Calcutta medical institutions reports 1892-1900
Year: 1892
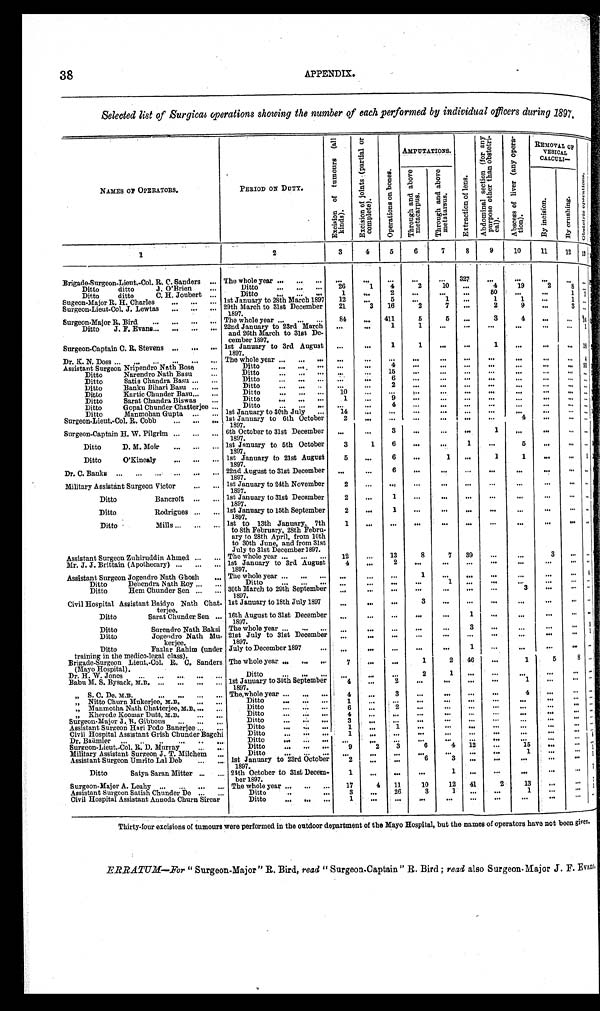
38
APPENDIX.
Selected list of Surgical operations showing the number of each performed by individual officers during 1897.
NAMES OF OPERATORS.
PERIOD ON DUTY.
E x c i s i o n o f t u m o u r s ( a l l k i n d s ) .
E x c i s i o n o f j o i n t s ( p a r t i a l o r c o m p l e t e ) .
O p e r a t i o n s o n b o n e s .
AMPUTATIONS.
E n t r a c t i o n o f l e n s .
A b d o m i n a l s e c t i o n ( f o r a n y p u r p o s e o t h e r t h a n o b s t e t r i - c a l ) .
A b s c e s s o f l i v e r ( a n y o p e r a - t i o n ) .
REMOVAL OF
VESICAL
CALCULI—
< l i e g i b l e > O p e r a t i o n s .
T h r o u g h a n d a b o v e m e t a c a r p u s .
T h r o u g h a n d a b o v e m e t a t a r s u s .
B y i n c i s i o n .
B y c r u s h i n g .
1
2
3
4
5
6
7
8
9
10
11
12
13
Brigade-Surgeon-Lieut.-Col. R. C. Sanders . . .
The whole year . . .
. . .
. . .
. . .
. . .
. . . 327
. . .
. . .
. . .
. . .
Ditto ditto J. O'Brien . . .
Ditto . . .
26
1
4
2
10
. . .
4
19
2
8
Ditto ditto C. H. Joubert . . .
Ditto . . .
1
. . .
2
. . .
. . .
. . .
50
. . .
. . . .
1
1st January to 28th March 1897 . . .
12
. . .
5
. . .
1
. . .
1
1
. . .
1
Sugeon-Major R. H. Charles . . .
29th March to 31st December
1897.
21
3
16
2
7
. . .
2
9
. . .
3
. . .
Surgeon-Lieut-Col. J. Lewtas . . .
Surgeon-Major R. Bird . . .
The whole year . . .
84
. . .
411
5
5
. . .
3
4
. . .
. . .
1 0
Ditto J. F. Evans . . .
22nd January to 23rd March
and 26th March to 31st De
-
cember 1897.
. . .
. . .
1
1
. . .
. . .
. . .
. . .
. . .
. . .
1
Surgeon-Captain C. R. Stevens . . .
1st January to 3rd August
1897.
. . .
. . .
1
1 . . .
. . .
1
. . .
. . .
. . .
1 8
Dr. K. N. Doss . . .
The whole year . . .
. . .
. . .
. . .
. . .
. . .
. . .
. . .
. . .
. . .
. . .
4
Assistant Surgeon Nripendro Nath Bose . . .
Ditto . . .
. . .
. . .
4
. . .
. . . . . .
. . .
. . .
. . .
. . .
93
Ditto . . .
. . . . . .
15
. . .
. . .
. . .
. . .
. . .
. . .
. . . . . .
Ditto Narendro Nath Basu . . .
Ditto . . .
. . . . . .
6
. . .
. . .
. . .
. . .
. . .
. . .
. . . . . .
Ditto Satis Chandra Basu . . .
Ditto . . .
. . .
. . .
2
. . .
. . .
. . .
. . .
. . .
. . .
. . . . . .
Ditto Banku Bihari Basu . . .
Ditto . . .
10
. . .
. . .
. . .
. . .
. . .
. . .
. . .
. . .
. . . . . .
Ditto Kartic Chunder Basu . . .
Ditto . . .
1
. . .
9
. . .
. . .
. . .
. . .
. . .
. . .
. . . . . .
Ditto Sarat Chandra Biswas . . .
Ditto . . .
. . .
. . .
4
. . .
. . .
. . .
. . .
. . .
. . .
. . . . . .
Ditto Gopal Chunder Chatterjee . . .
1st January to 30th July . . .
14
. . .
. . .
. . .
. . .
. . .
. . .
. . .
. . .
. . . . . .
Ditto Manmohan Gupta . . .
Surgeon-Lieut.-Col. R. Cobb . . .
1st January to 6th October
1897.
2
. . .
. . .
. . .
. . .
. . .
. . .
4
. . .
. . .
. . .
Surgeon-Captain H. W. Pilgrim . . .
6th October to 31st December
1897.
. . .
. . .
3
. . .
. . .
. . .
1
. . .
. . .
. . . . . .
Ditto D. M. Moir . . .
1st January to 5th October
1897.
3
1
6
. . .
. . .
1
. . .
5
. . .
. . .
. . .
Ditto O'Kinealy . . .
1st January to 21st August
1897.
5
. . .
6
. . .
1
. . .
1
1
. . .
. . . 1
Dr. C. Banks . . .
22nd August to 31st December
1897.
. . .
. . .
6
. . .
. . .
. . .
. . .
. . .
. . .
. . .
. . .
Military Assistant Surgeon Victor . . .
1st January to 24th November
1897.
2
. . .
. . .
. . .
. . .
. . .
. . .
. . .
. . .
. . .
. . .
Ditto Bancroft . . .
1st January to 31st December
1897.
2
. . .
1
. . .
. . .
. . .
. . .
. . .
. . .
. . . . . .
Ditto Rodrigues . . .
1st January to 15th September
1897.
2
. . .
1
. . .
. . .
. . .
. . .
. . .
. . .
. . .
. . .
Ditto Mills . . .
1st to 13th January, 7th
to 8th February, 28th Febru
-
ary to 28th April, from 10th
to 30th June, and from 31st
July to 31st December 1897.
1
. . .
. . .
. . .
. . .
. . .
. . .
. . .
. . .
. . .
. . .
Assistant Surgeon Zuhiruddin Ahmed . . .
The whole year . . .
12
. . .
13
8
7
39
. . .
. . .
3
. . .
. . .
1st January to 3r
d August 1897.
4
. . .
2
. . .
. . .
. . .
. . .
. . .
. . .
. . .
. . .
Mr. J. J. Brittain (Apothecary) . . .
Assistant Surgeon Jogendro Nath Ghosh . . .
The whole year . . .
. . .
. . .
. . .
1
. . .
. . .
. . .
. . .
. . .
. . . 1<illegible>
Ditto Debendra Nath Roy . . .
Ditto . . .
. . .
. . .
. . .
. . .
1
. . .
. . .
. . .
. . .
. . . . . .
30th March to 29th September
1897.
. . .
. . .
. . .
. . .
. . .
. . .
. . .
3
. . .
. . .
. . .
Ditto Hem Chunder Sen . . .
Civil Hospital Assistant Baidyo Nath Chat-
terjee.
1st January to 18th July 1897
. . .
. . .
3
. . .
. . .
. . .
. . .
. . .
. . .
. . .
. . .
Ditto Sarat Chunder Sen . . . 16th August to 31st December
1897.
. . .
. . .
. . .
. . .
. . .
1
. . .
. . .
. . .
. . .
. . .
Ditto Surendro Nath Baksi The whole year . . .
. . .
. . .
. . .
. . .
. . .
3
. . .
. . .
. . .
. . .
9
21st July to 31st December
1897.
. . .
. . .
. . .
. . .
. . .
. . .
. . .
. . .
. . .
. . .
1
Ditto Jogendro Nath Mu-
k e r j e e .
Ditto Fazlar Rahim (under
training in the medico-legal class).
July to December 1897 . . .
. . .
. . .
. . .
. . .
. . .
1
. . .
. . .
. . .
. . .
. . .
Brigade-Surgeon Lieut.-Col.R. C. Sanders
( M a y o H o s p i t a l ) .
The whole year . . .
7
. . .
. . .
1
2 46
. . .
1
5 8
. . .
Dr. H. W. Jones . . .
Ditto . . .
. . .
. . .
. . .
2
1
. . .
. . .
. . .
. . .
. . .
Babu M. S. Bysack, M.B. . . .
1st January to 30th September
1897.
4
. . .
2
. . .
. . .
. . .
. . .
1
. . .
. . .
" S. C. De. M.B. . . .
The whole year . . .
4
. . .
3 . . .
. . .
. . .
. . .
4
. . .
. . .
. . .
" Nitto Churn Mukerjee, M.B. . . .
Ditto . . .
1
. . .
. . .. . .
. . .
. . .
. . .
. . .
. . .
. . .
" Manmotha Nath Chatterjee, M.B. . . .
Ditto . . .
6
. . .
2
. . .
. . .
. . .
. . .
. . .
. . .
. . .
" K h e r o d e K o o m a r D u t t , M . B . . . .
Ditto . . .
4
. . .
. . .
. . .
. . .
. . .
. . .
. . .
. . .
. . .
Surgeon-Major J. B. Gibbons . . .
Ditto . . .
3
. . .
. . .
. . .
. . .
. . .
. . .
. . .
. . .
. . .
Assistant Surgeon Hari Podo Banerjee . . .
Ditto . . .
1
. . .
1
. . .
. . .
. . .
. . .
. . .
. . .
. . .
Civil Hospital Assistant Grish Chunder Bagchi . . .
Ditto . . .
1
. . .
. . .
. . .
. . .
. . .
. . .
. . .
. . .
. . .
D r . B a ü m l e r . . .
Ditto . . .
. . .
. . .
. . .
. . .
. . .
. . .
. . .
. . .
. . .
. . .
Surgeon-Lieut.-Col. R. D. Murray . . .
Ditto . . .
9
2
3
6
4
12
. . .
15
. . .
. . .
Military Assistant Surgeon J. T. Milchem . . .
Ditto . . .
. . .
. . .
. . . . . .
. . .
. . .
. . .
1
. . .
. . .
1
1st January to 23rd October
1897.
2
. . .
. . .
6
3
. . .
. . .
. . .
. . .
. . .
Assistant Surgeon Umrito Lal Deb . . .
Ditto Satya Saran Mitter . . .
24th October to 31st Decem-
ber 1897.
1
. . .
. . .. . .
1 . . .
. . .
. . .
. . .
. . .
Surgeon-Major A. Leahy . . .
The whole year . . .
17
4
11
10
12
41
2
13
. . .
. . .
1
Ditto . . .
3
. . .
26
3
1
. . .
. . .
1
. . .
. . .
'
Assistant Surgeon Satish Chunder De . . .
Civil Hospital Assistant Annoda Churn Sircar . . .
D i t t o . . .
1
. . .
. . .
. . .
. . .
. . .
. . .
. . .
. . .
. . .
. . .
Thirty-four excisions of tumours were performed in the outdoor department of the Mayo Hospital, but the names of operators have not been given.
ERRATUM —For " Surgeon-Major" R. Bird, read "Surgeon-Captain" R. Bird; read also Surgeon-Major J. F. Evans